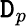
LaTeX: \mathtt{D}_{p}